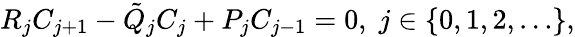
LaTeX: \begin{array}{r}{R_{j}C_{j+1}-\tilde{Q}_{j}C_{j}+P_{j}C_{j-1}=0,\; j\in\{ 0,1,2,\dots\} ,}\end{array}